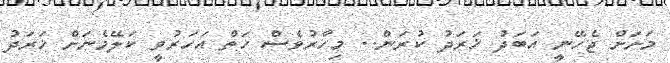
މަށަށް ޖެހޭނީ އަބަދު ޚަރަދު ކުރަން.. މިހާރުވެސް ހަތް އަހަރުވީ ކަލޭމެނަށް ޚަރަދު